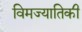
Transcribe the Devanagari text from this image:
विमज्यातिकी